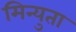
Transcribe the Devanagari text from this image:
मिन्युता